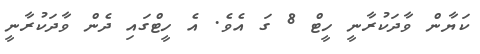
ކަޔާން ވާދަކުރާނީ ހީޓް 8 ގަ އެވެ. އެ ހީޓްގައި ދެން ވާދަކުރާނީ